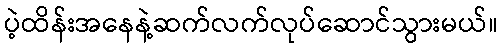
ပဲ့ထိန်းအနေနဲ့ဆက်လက်လုပ်ဆောင်သွားမယ်။